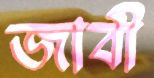
জাবী